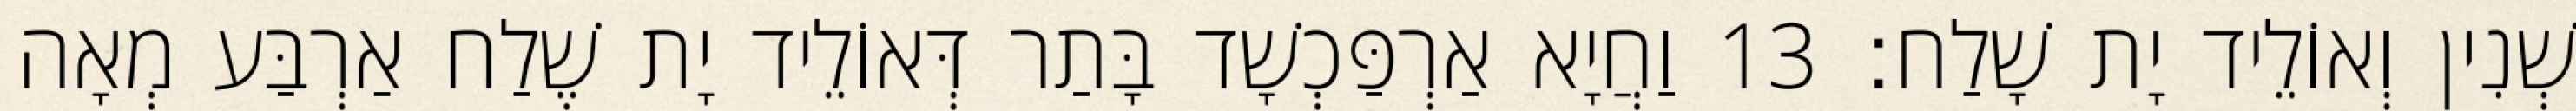
שְׁנִין וְאוֹלֵיד יָת שָׁלַח׃ 13 וַחֲיָא אַרְפַּכְשָׁד בָּתַר דְּאוֹלֵיד יָת שֶׁלַח אַרְבַּע מְאָה